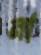
না